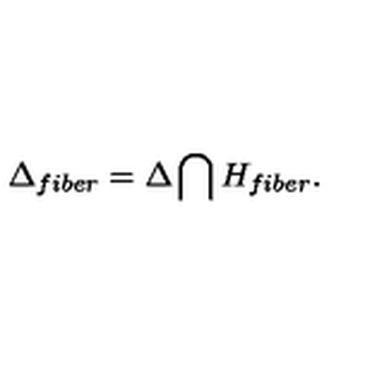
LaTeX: \Delta _ { f i b e r } = \Delta \bigcap H _ { f i b e r } .